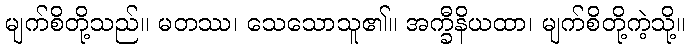
မျက်စိတို့သည်။ မတဿ၊ သေသောသူ၏။ အက္ခီနိယထာ၊ မျက်စိတို့ကဲ့သို့။